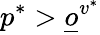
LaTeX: p^{*}>\underline{o}^{v^{*}}